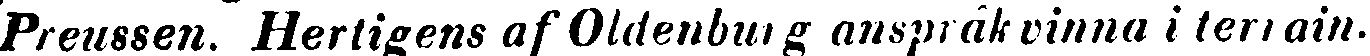
Preussen. Hertigens af Oldenburg anspråk vinna i terrain.